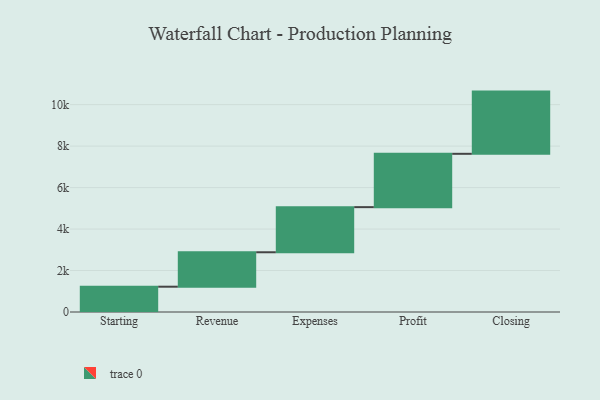
{"axis": {"x": "Step", "y": "Value"}, "legend": [""], "data": [{"x": "Starting", "y": 1220.0, "type": ""}, {"x": "Revenue", "y": 1661.0, "type": ""}, {"x": "Expenses", "y": 2176.0, "type": ""}, {"x": "Profit", "y": 2572.0, "type": ""}, {"x": "Closing", "y": 3000, "type": ""}]}